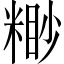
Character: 𥻠